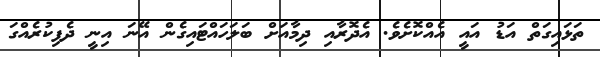
ތަޅައިގަތް އަޑު އައީ އެއްކޮށެވެ. އެދޮރާއި ދިމާއަށް ބަލަހައްޓައިގެން އޭނަ އިނީ ދެފިކުރެއްގަ